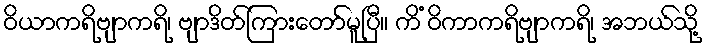
ဝိယာကရိဗျာကရိ၊ ဗျာဒိတ်ကြားတော်မူပြီ။ ကိံ ဝိကာကရိဗျာကရိ၊ အဘယ်သို့